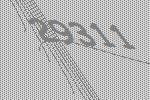
29311